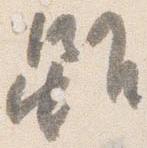
雖